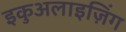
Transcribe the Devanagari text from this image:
इकुअलाइज़िंग